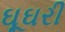
ઘૂઘરી